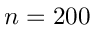
n = 2 0 0